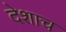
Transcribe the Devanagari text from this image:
देशाच